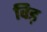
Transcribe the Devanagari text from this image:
विड़